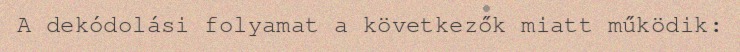
A dekódolási folyamat a következők miatt működik: